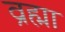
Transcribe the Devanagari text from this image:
व्रह्मा